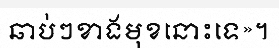
ឆាប់ៗខាងមុខនោះទេ»។